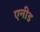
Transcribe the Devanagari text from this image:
एनीड